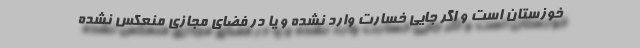
خوزستان است و اگر جایی خسارت وارد نشده و یا در فضای مجازی منعکس نشده